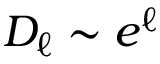
D _ { \ell } \sim e ^ { \ell }